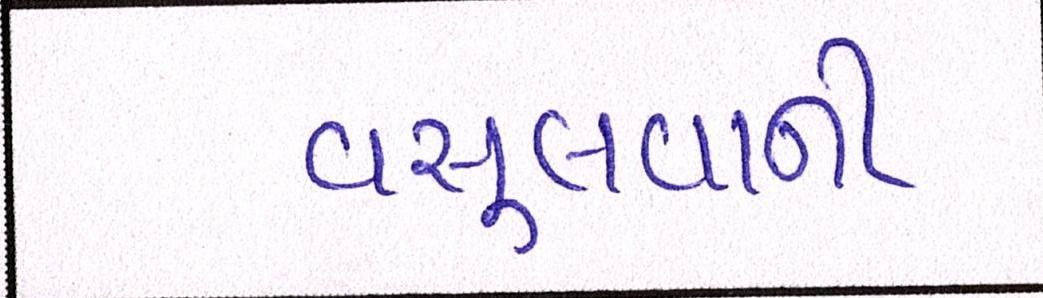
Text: વસૂલવાની